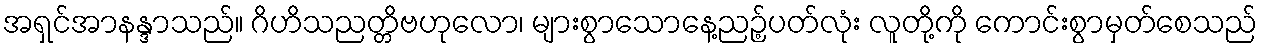
အရှင်အာနန္ဒာသည်။ ဂိဟိသညတ္တိဗဟုလော၊ များစွာသောနေ့ညဉ့်ပတ်လုံး လူတို့ကို ကောင်းစွာမှတ်စေသည်